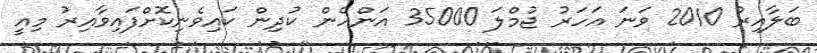
ބަލާއިރު 2010 ވަނަ އަހަރު ޖުމްލަ 35000 އަންހެން ކުދިން ކައިވެނިކޮށްފައިވާއިރު މިއީ